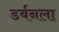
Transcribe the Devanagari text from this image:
डर्बनला